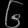
Digit: ၆